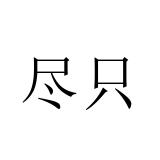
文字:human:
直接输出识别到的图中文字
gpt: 尽只